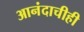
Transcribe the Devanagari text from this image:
आनंदाचीही